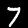
Digit: 7